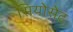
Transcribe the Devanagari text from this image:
सियोसेट